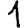
Digit: 1